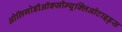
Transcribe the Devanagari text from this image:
ओलिगोडीऑक्सीन्यूक्लिओटाइड्स